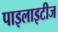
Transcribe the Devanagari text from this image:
पाइलाइटीज